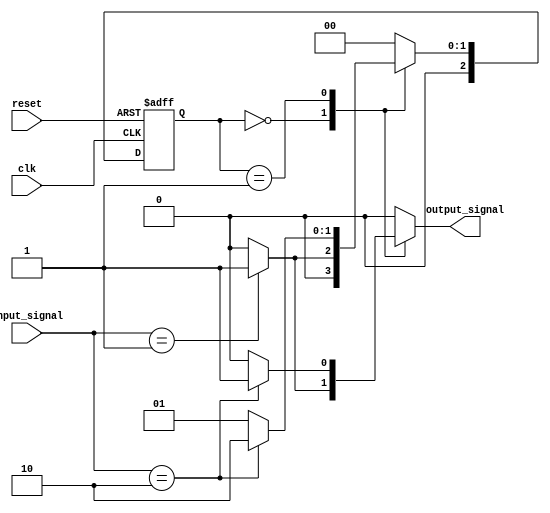
module MealyStateMachine #(
    parameter N = 3,               // Number of bits for state encoding
    parameter NUM_STATES = 2**N,   // Total number of states (2^N)
    parameter INPUT_WIDTH = 2,      // Width of input signals
    parameter OUTPUT_WIDTH = 1       // Width of output signals
) (
    input wire clk,                 // Clock signal
    input wire reset,               // Reset signal
    input wire [INPUT_WIDTH-1:0] input_signal, // Input signals
    output reg [OUTPUT_WIDTH-1:0] output_signal // Output signal
);

    // State encoding
    reg [N-1:0] current_state, next_state;

    // State transition logic
    always @(*) begin
        case (current_state)
            3'b000: begin
                if (input_signal == 2'b01) begin
                    next_state = 3'b001;
                    output_signal = 1'b1; // Example output
                end else begin
                    next_state = 3'b000;
                    output_signal = 1'b0; // Example output
                end
            end
            3'b001: begin
                if (input_signal == 2'b10) begin
                    next_state = 3'b010;
                    output_signal = 1'b1; // Example output
                end else begin
                    next_state = 3'b001;
                    output_signal = 1'b0; // Example output
                end
            end
            3'b010: begin
                // Define transitions and outputs for state 010
                next_state = 3'b000; // Example transition
                output_signal = 1'b0; // Example output
            end
            default: begin
                next_state = 3'b000; // Default state
                output_signal = 1'b0; // Default output
            end
        endcase
    end

    // State register
    always @(posedge clk or posedge reset) begin
        if (reset) begin
            current_state <= 3'b000; // Reset to initial state
        end else begin
            current_state <= next_state; // Update state on clock edge
        end
    end

endmodule